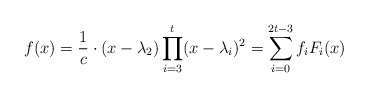
\begin{align*}f(x)=\frac{1}{c}\cdot (x-\lambda_2)\prod_{i=3}^{t}(x-\lambda_i)^2=\sum_{i=0}^{2t-3}f_i F_i(x)\end{align*}